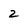
Character: 2